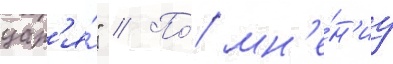
цар'я́" // По́ мн'е́н'иу